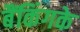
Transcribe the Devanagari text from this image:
बैंकिंगके